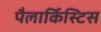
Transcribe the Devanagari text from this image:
पैलार्किस्टिस